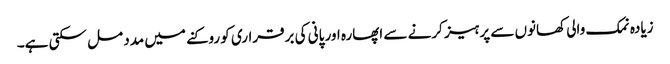
زیادہ نمک والی کھانوں سے پرہیز کرنے سے اپھارہ اور پانی کی برقراری کو روکنے میں مدد مل سکتی ہے۔